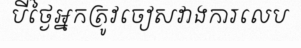
បីថ្ងៃអ្នកត្រូវចៀសវាងការលេប